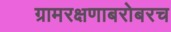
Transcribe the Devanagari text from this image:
ग्रामरक्षणाबरोबरच